Report on the working of the Ranchi Indian Mental Hospital, Kanke, in Bihar and Orissa - 1930-1940
Year: 1930
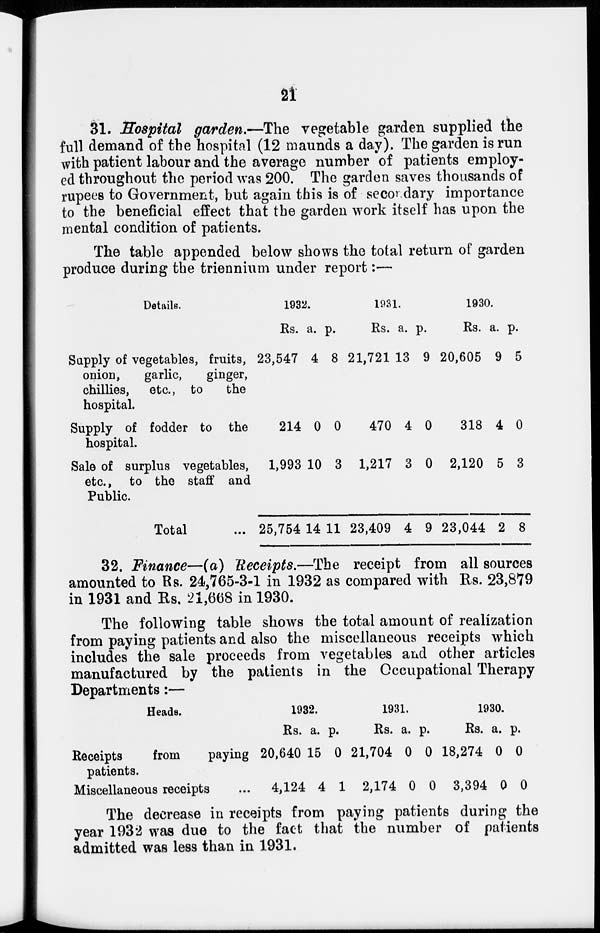
21
31. Sospital garden.—The vegetable garden supplied the
full demand of the hospital (12 maunds a day). The garden is run
with patient labour and the average number of patients employ-
ed throughout the period was 200. The garden saves thousands of
rupees to Government, but again this is of secondary importance
to the beneficial effect that the garden work itself has upon the
mental condition of patients.
The table appended below shows the total return of garden
produce during the triennium under report:—
Details.
Supply of vegetables, fruits,
onion,
garlic,
ginger,
chillies, etc., to
the
hospital.
Supply of fodder to the
hospital.
Sale of surplus vegetables,
etc., to the staff and
Public.
Total
1932.
Rs.
23,547
214
1,993
25,754
a.
4
0
10
14
p.
8
0
3
11
1931.
Rs.
21,721
470
1,217
23,409
a.
13
4
3
4
p.
9
0
0
9
1930.
Rs.
20,605
318
2,120
23,044
a.
9
4
5
2
p.
5
0
3
8
32. Finance—(a) Receipts.—The receipt from all sources
amounted to Rs. 24,765-3-1 in 1932 as compared with Rs. 23,879
in 1931 and Rs. 21,668 in 1930.
The following table shows the total amount of realization
from paying patients and also the miscellaneous receipts which
includes the sale proceeds from vegetables and other articles
manufactured by the patients in the Occupational Therapy
Departments:—
Heads.
Receipts
from
paying
patients.
Miscellaneous receipts ...
1932.
Rs.
20,640
4,124
a.
15
4
p.
0
1
1931.
Rs.
21,704
2,174
a.
0
0
p.
0
0
1930.
Rs.
18,274
3,394
a.
0
0
p.
0
0
The decrease in receipts from paying patients during the
year 1932 was due to the fact that the number of patients
admitted was less than in 1931.